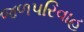
જળપરિવાહ